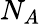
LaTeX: N_{A}